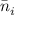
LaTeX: { \bar { n } } _ { i }